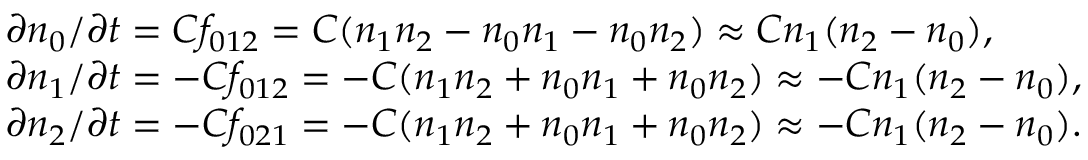
\begin{array} { r l } & { \partial n _ { 0 } / \partial t = C f _ { 0 1 2 } = C ( n _ { 1 } n _ { 2 } - n _ { 0 } n _ { 1 } - n _ { 0 } n _ { 2 } ) \approx C n _ { 1 } ( n _ { 2 } - n _ { 0 } ) , } \\ & { \partial n _ { 1 } / \partial t = - C f _ { 0 1 2 } = - C ( n _ { 1 } n _ { 2 } + n _ { 0 } n _ { 1 } + n _ { 0 } n _ { 2 } ) \approx - C n _ { 1 } ( n _ { 2 } - n _ { 0 } ) , } \\ & { \partial n _ { 2 } / \partial t = - C f _ { 0 2 1 } = - C ( n _ { 1 } n _ { 2 } + n _ { 0 } n _ { 1 } + n _ { 0 } n _ { 2 } ) \approx - C n _ { 1 } ( n _ { 2 } - n _ { 0 } ) . } \end{array}